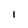
Character: 1